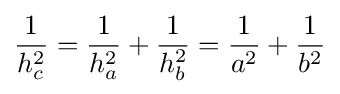
{\frac {1}{h_{c}^{2}}}={\frac {1}{h_{a}^{2}}}+{\frac {1}{h_{b}^{2}}}={\frac {1}{a^{2}}}+{\frac {1}{b^{2}}}